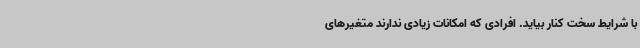
با شرایط سخت کنار بیاید. افرادی که امکانات زیادی ندارند متغیرهای